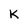
Character: K